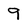
Character: 9